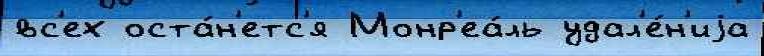
вс'ех оста́н'етс'я Монр'еа́ль удал'е́н'иjа